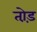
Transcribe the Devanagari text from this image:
तो़ड़